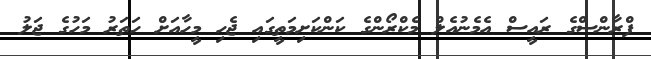
ފްރާންސްގެ ރައީސް އެމެނުއެލް މެކްރޯންގެ ކަންކަށިމަތީގައި ޖެހި މީހާއަށް ހަތަރު މަހުގެ ޖަލު